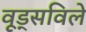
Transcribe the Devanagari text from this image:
वूड्सविले